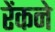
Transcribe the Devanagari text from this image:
रेंकने